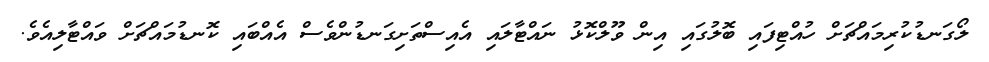
ލޯގަނޑުކުރިމައްޗަށް ހުއްޓިފައި ބޮލުގައި އިން ވޫލްކޮޅު ނައްޓާލައި އެއިސްތަށިގަނޑުންވެސް އެއްބައި ކޮނޑުމައްޗަށް ވައްޓާލިއެވެ.